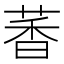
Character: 萫